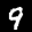
Label: 9